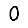
Digit: 0